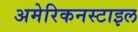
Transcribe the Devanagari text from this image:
अमेरिकनस्टाइल